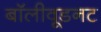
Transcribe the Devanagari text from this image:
बॉलीवूडनट